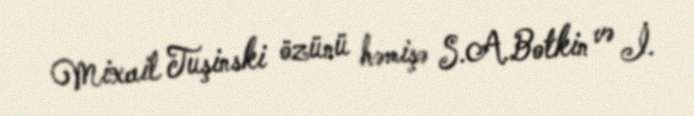
Mixail Tuşinski özünü həmişə S.A.Botkin və İ.